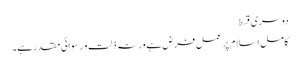
دوسری قسط
کامل اسلام پر عمل فرض ہے ورنہ ذلت و رسوائی مقدر ہے۔